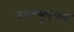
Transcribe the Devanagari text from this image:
डबल्यूएफए